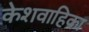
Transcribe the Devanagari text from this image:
केशवाहिका